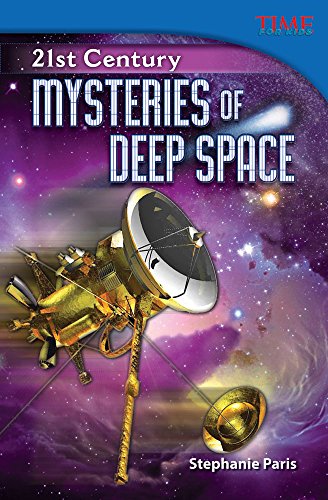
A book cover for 21st Century: Mysteries of Deep Space (library bound) (Time for Kids Nonfiction Readers); Stephanie Paris; Science & Math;